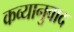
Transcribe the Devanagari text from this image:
कव्यानुवाद